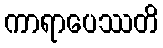
ကာရာပေဿတိ